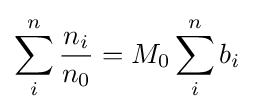
\sum _{i}^{n}{\frac {n_{i}}{n_{0}}}=M_{0}\sum _{i}^{n}b_{i}